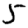
Digit: 5